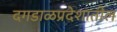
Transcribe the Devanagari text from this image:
दगडाळप्रदेशातील